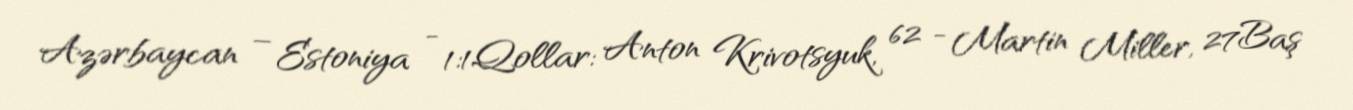
Azərbaycan – Estoniya - 1:1Qollar: Anton Krivotsyuk, 62 - Martin Miller, 27Baş